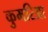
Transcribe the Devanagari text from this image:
कुमरिआ